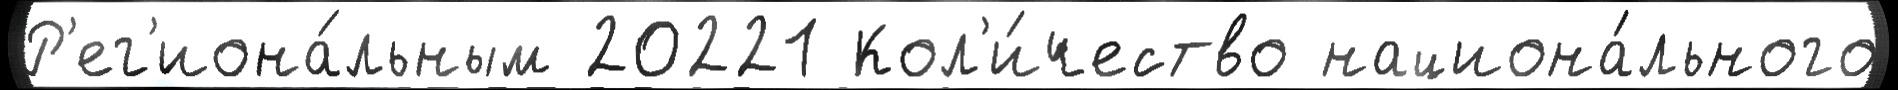
Р'ег'иона́льным 20221 Кол'и́чество национа́льного